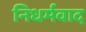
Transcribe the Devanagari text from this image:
निधर्मवाद